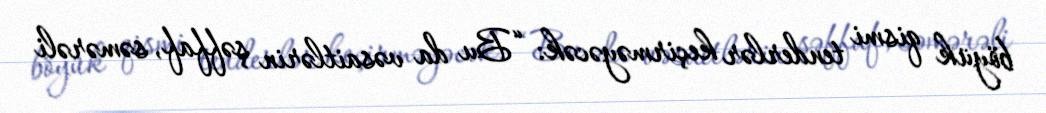
böyük qismi tenderlər keçirməyəcək: “Bu da vəsaitlərin şəffaf, səmərəli